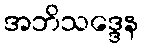
အဘိသဒ္ဒေန